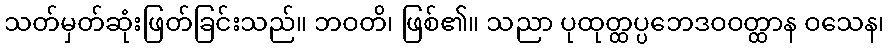
သတ်မှတ်ဆုံးဖြတ်ခြင်းသည်။ ဘဝတိ၊ ဖြစ်၏။ သညာ ပုထုတ္ထပ္ပဘေဒဝဝတ္ထာန ဝသေန၊